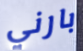
بارني